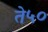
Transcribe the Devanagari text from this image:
ते५०